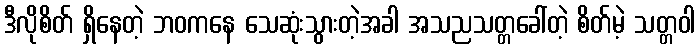
ဒီလိုစိတ် ရှိနေတဲ့ ဘဝကနေ သေဆုံးသွားတဲ့အခါ အသညသတ္တခေါ်တဲ့ စိတ်မဲ့ သတ္တဝါ